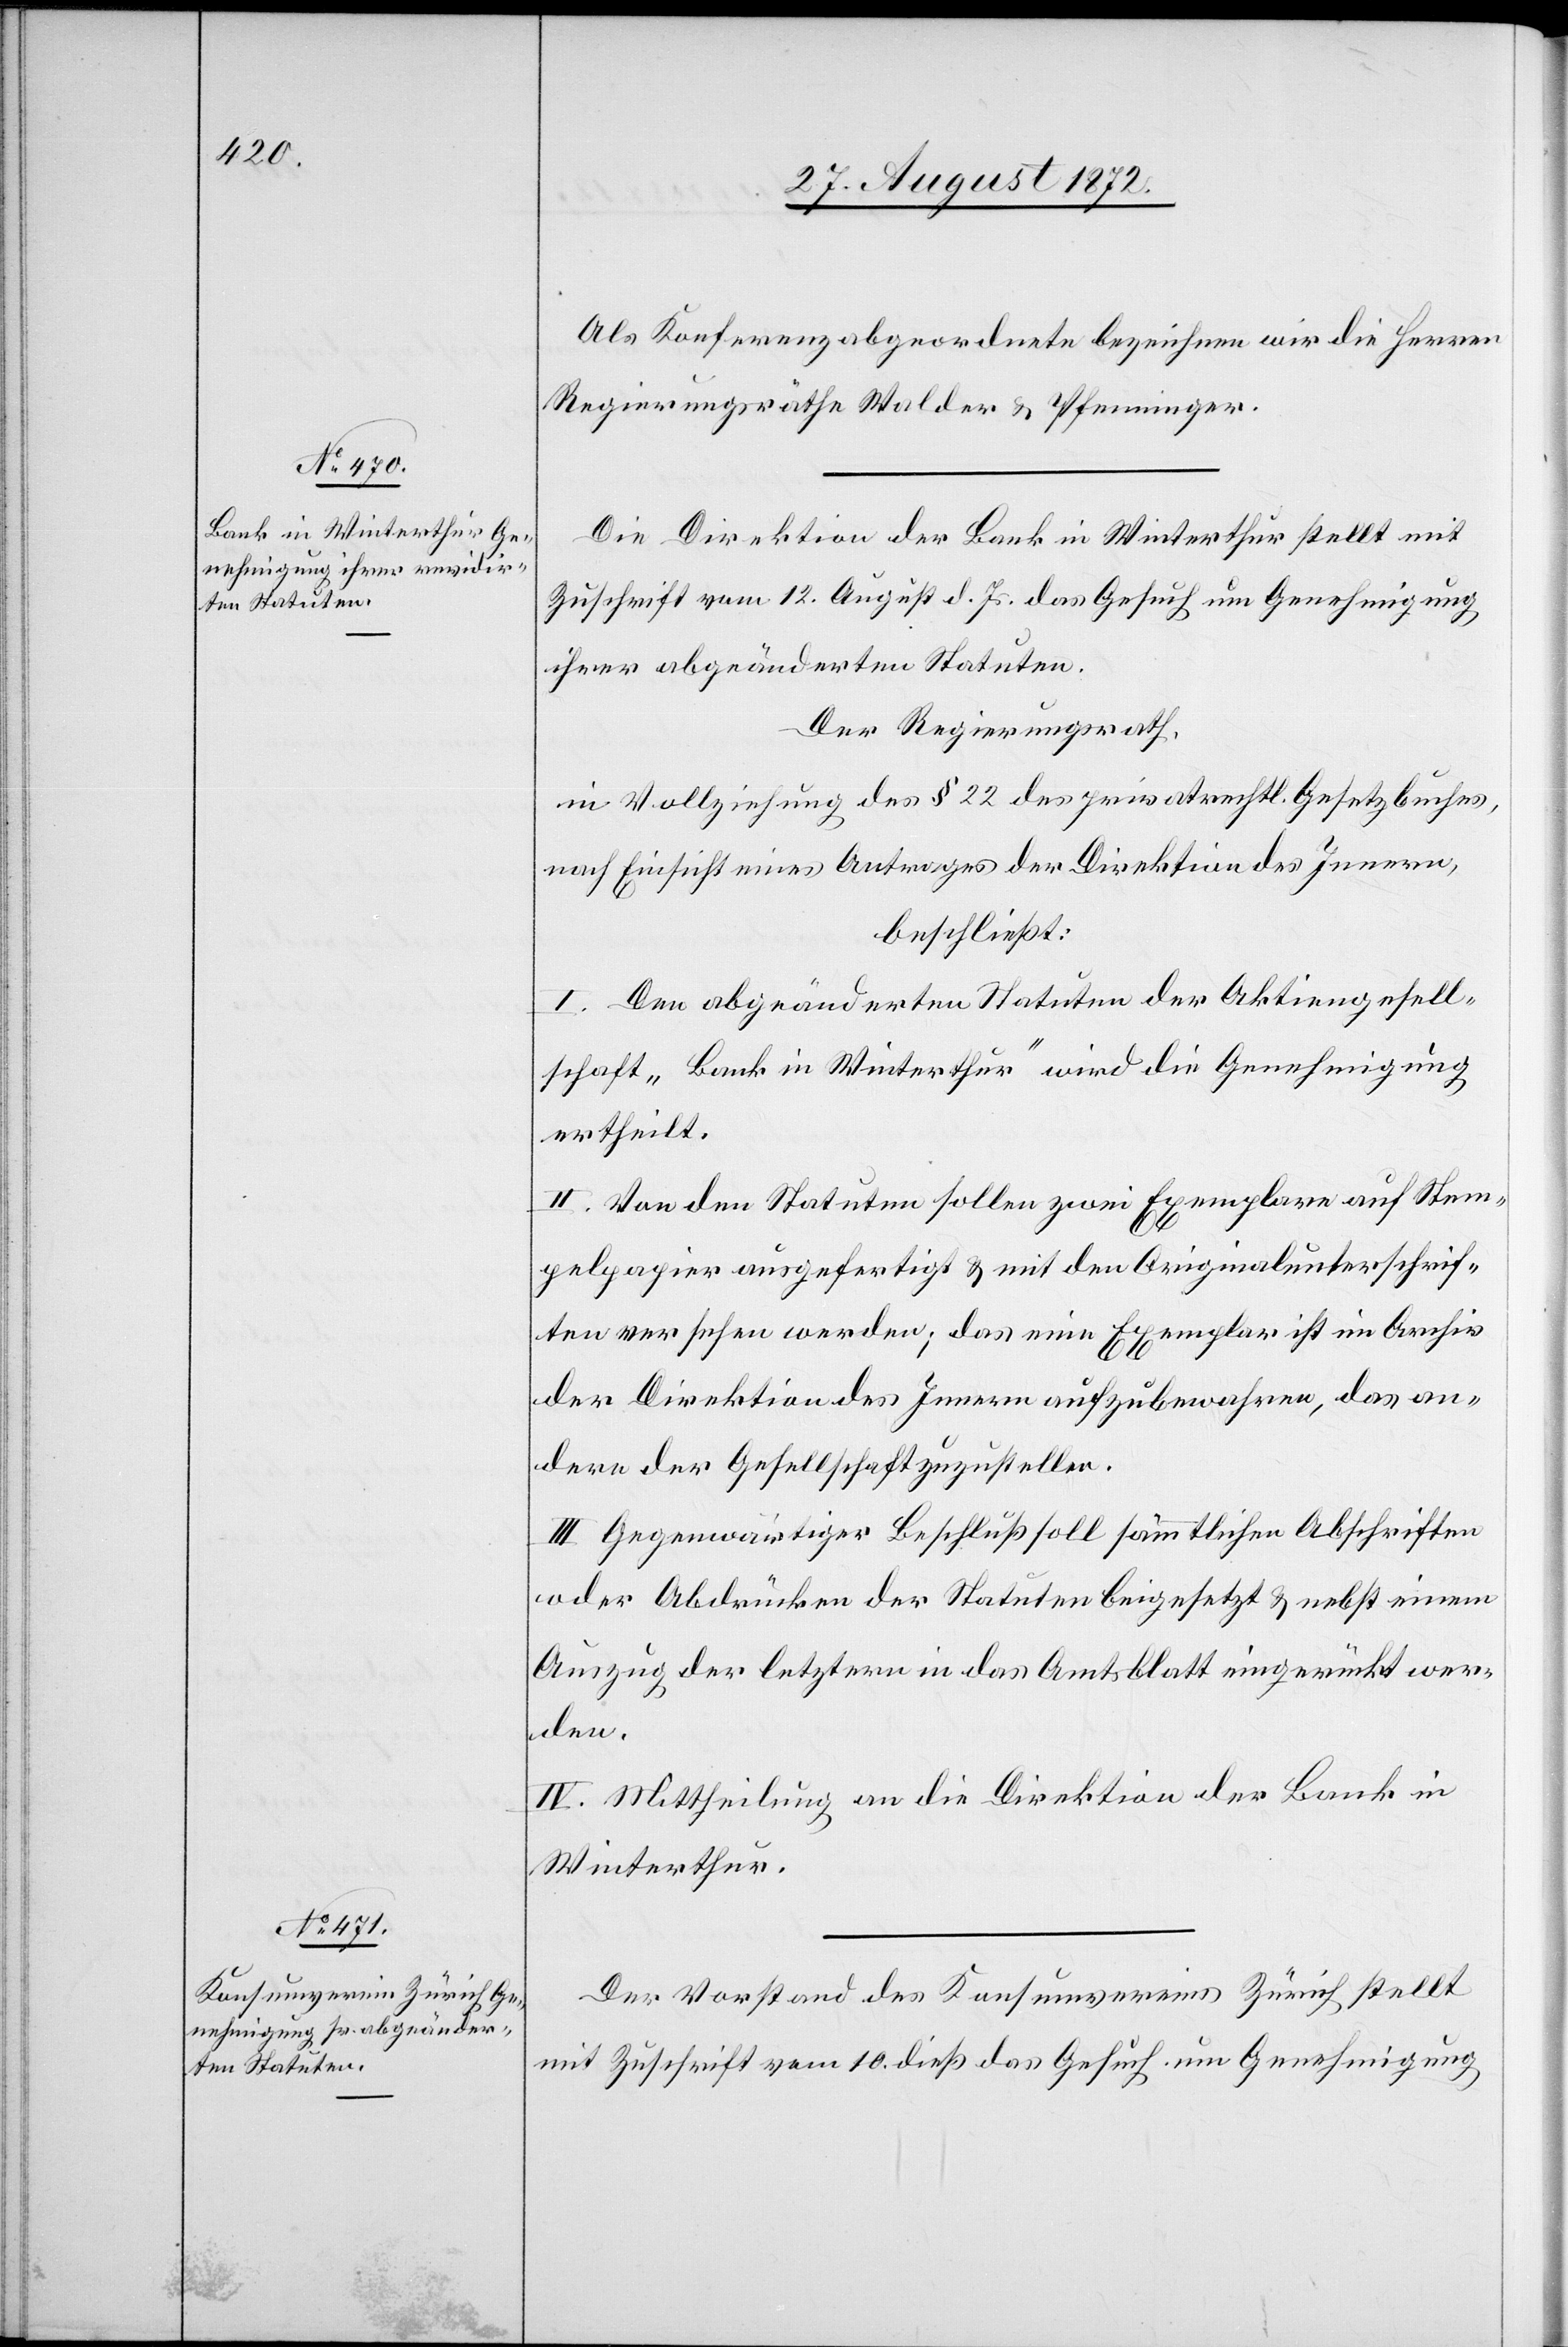
Als Konferenzabgeordnete bezeichnen wir die Herren
Regierungsräthe Walder u. Pfenninger.
Die Direktion der Bank in Winterthur stellt mit
Zuschrift vom 12. August d. Js. das Gesuch um Genehmigung
ihrer abgeänderten Statuten.
Der Regierungsrath,
in Vollziehung des § 22 des privatrechtl. Gesetzbuches,
nach Einsicht eines Antrages der Direktion des Innern,
beschließt:
I. Den abgeänderten Statuten der Aktiengesell¬
schaft „Bank in Winterthur“ wird die Genehmigung
ertheilt.
II. Von den Statuten sollen zwei Exemplare auf Stem¬
pelpapier ausgefertigt u. mit den Originalunterschrif¬
ten versehen werden; das eine Exemplar ist im Archiv
der Direktion des Innern aufzubewahren, das an¬
dere der Gesellschaft zuzustellen.
III. Gegenwärtiger Beschluß soll sämmtlichen Abschriften
oder Abdrücken der Statuten beigesetzt u. nebst einem
Auszug der letztern in das Amtsblatt eingerückt wer¬
den.
IV. Mittheilung an die Direktion der Bank in
Winterthur.
Der Vorstand des Konsumvereins Zürich stellt
mit Zuschrift vom 10. dieß das Gesuch um Genehmigung